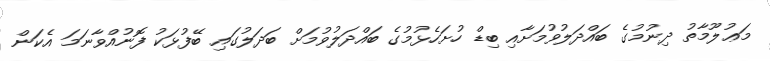
މަޢުލޫމާތު ދިނުމުގެ ބައްދަލުވުމަށާއި ބިޑް ހުށަހެޅުމުގެ ބައްދަލުވުމަށް ބަދަލުގައި ބޭފުޅަކު ފޮނުއްވާނަމަ އެކަން